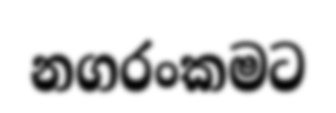
නගරංකමට